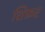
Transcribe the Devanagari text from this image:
शिफ़र